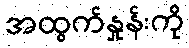
အထွက်နှုန်းကို